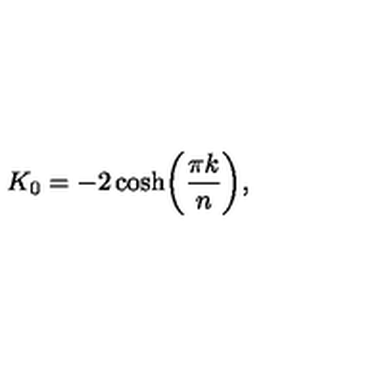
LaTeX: K _ { 0 } = - 2 \cosh \biggr ( { \frac { \pi k } { n } } \biggr ) ,